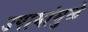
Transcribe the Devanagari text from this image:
उपायांमुळे